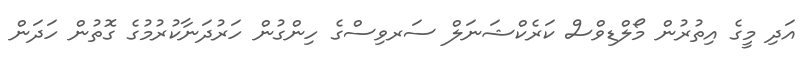
އަދި މީގެ އިތުރުން މޯލްޑިވްސް ކަރެކްޝަނަލް ސަރވިސްގެ ހިންގުން ހަރުދަނާކުރުމުގެ ގޮތުން ހަދަން